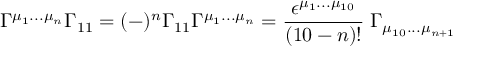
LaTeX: \Gamma ^ { \mu _ { 1 } . . . \mu _ { n } } \Gamma _ { 1 1 } = ( - ) ^ { n } \Gamma _ { 1 1 } \Gamma ^ { \mu _ { 1 } . . . \mu _ { n } } = { \frac { \epsilon ^ { \mu _ { 1 } . . . \mu _ { 1 0 } } } { ( 1 0 - n ) ! } } \; \Gamma _ { \mu _ { 1 0 } . . . \mu _ { n + 1 } }